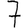
Digit: 7